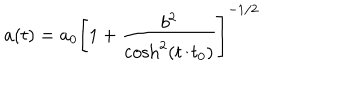
LaTeX: a ( t ) = a _ { 0 } \left[ 1 + \frac { b ^ { 2 } } { \cosh ^ { 2 } ( t / t _ { 0 } ) } \right] ^ { - 1 / 2 }